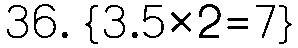
36. {3.5×2=7}